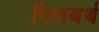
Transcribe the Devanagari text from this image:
गिलबर्थ